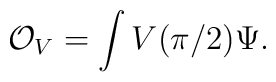
\mathcal{O}_{V}=\int V(\pi/2)\Psi.